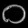
Digit: ၀